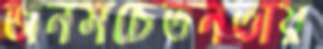
জনসচেতনতায়